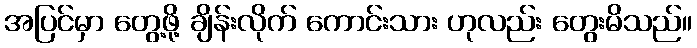
အပြင်မှာ တွေ့ဖို့ ချိန်းလိုက် ကောင်းသား ဟုလည်း တွေးမိသည်။